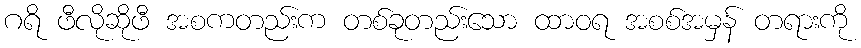
ဂရိ ဖီလိုဆိုဖီ အစကတည်းက တစ်ခုတည်းသော ထာဝရ အစစ်အမှန် တရားကို